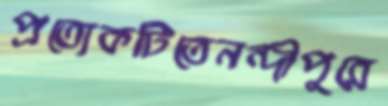
প্রত্যেকটিতেনন্দীপুরে